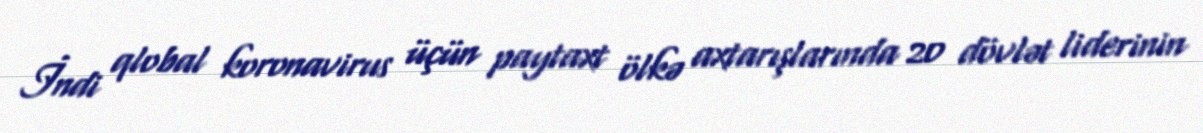
İndi qlobal koronavirus üçün paytaxt ölkə axtarışlarında 20 dövlət liderinin